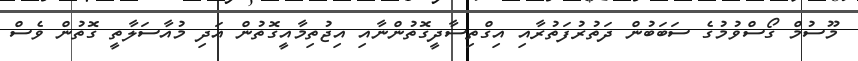
މޫސުމް ގޯސްވުމުގެ ސަބަބުން ދަތުރުފަތުރާއި އިގްތިސާދީގޮތުންނާއި އިޖުތިމާއީގޮތުން އަދި މުއާސަލާތީ ގޮތުން ވެސް